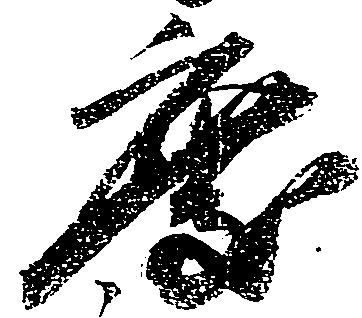
度